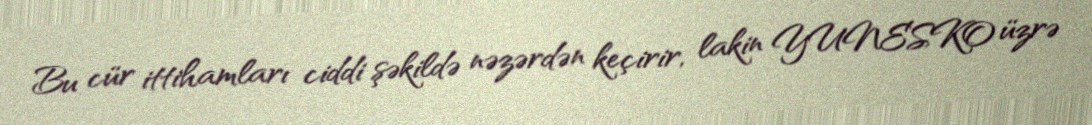
Bu cür ittihamları ciddi şəkildə nəzərdən keçirir, lakin YUNESKO üzrə